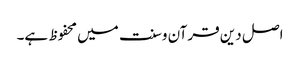
اصل دین قرآن وسنت میں محفوظ ہے۔